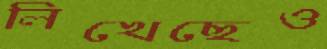
লিখেছেও